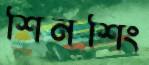
শিনশিং